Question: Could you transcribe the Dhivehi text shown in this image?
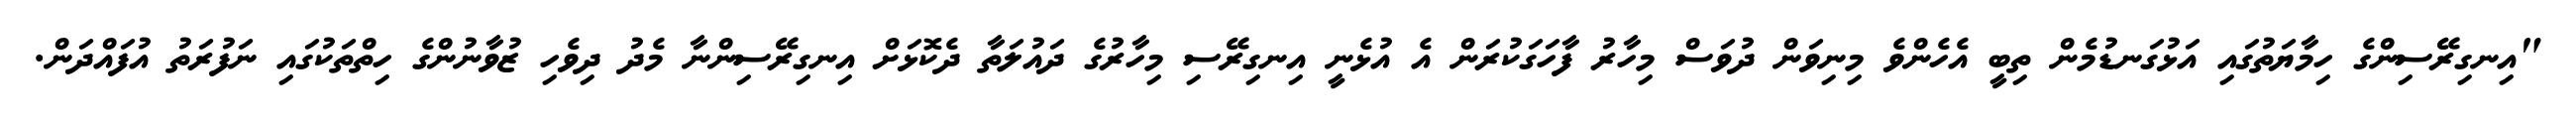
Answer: "އިނގިރޭސިންގެ ހިމާޔަތުގައި އަޅުގަނޑުމެން ތިބީ އެހެންވެ މިނިވަން ދުވަސް މިހާރު ފާހަގަކުރަން އެ އުޅެނީ އިނގިރޭސި މިހާރުގެ ދައުލަތާ ދެކޮޅަށް އިނގިރޭސިންނާ މެދު ދިވެހި ޒުވާނުންގެ ހިތްތަކުގައި ނަފުރަތު އުފައްދަން.